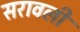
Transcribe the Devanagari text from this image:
सरावली